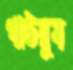
গাউয়ুম